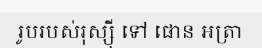
រូបរបស់រុស្ស៊ី ទៅ ផោន អត្រា